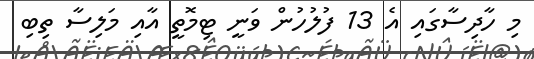
މި ހާދިސާގައި އެ 13 ފުލުހުން ވަނީ ޓިމޮތީ އާއި މަލިސާ ތިބި